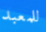
للمعبد